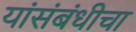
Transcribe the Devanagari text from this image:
यांसंबंधीचा